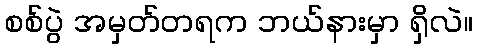
စစ်ပွဲ အမှတ်တရက ဘယ်နားမှာ ရှိလဲ။